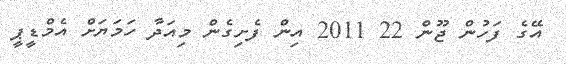
އޭގެ ފަހުން ޖޫން 22 2011 އިން ފެށިގެން މިއަދާ ހަމަޔަށް އެމްޑީޕީ